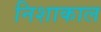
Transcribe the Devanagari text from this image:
निशाकाल